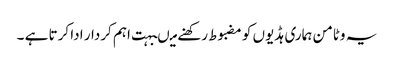
یہ وٹامن ہماری ہڈیوں کو مضبوط رکھنے میںبہت اہم کردار ادا کرتا ہے ۔